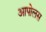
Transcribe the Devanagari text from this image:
आपोलस